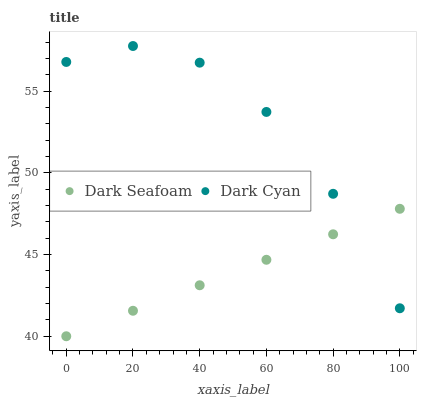
| xaxis_label | Dark Seafoam | Dark Cyan |
 | --- | --- | --- |
 | 0 | 40 | 56.8 |
 | 20 | 41.6 | 57.8 |
 | 40 | 43.1 | 56.7 |
 | 60 | 44.7 | 53.7 |
 | 80 | 46.2 | 48.7 |
 | 100 | 47.8 | 41.7 |